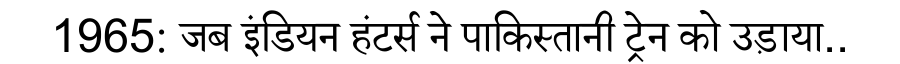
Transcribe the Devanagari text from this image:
1965: जब इंडियन हंटर्स ने पाकिस्तानी ट्रेन को उड़ाया..